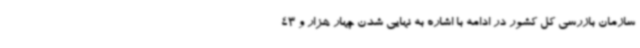
سازمان بازرسی کل کشور در ادامه با اشاره به نهایی شدن چهار هزار و 43